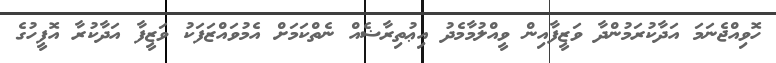
ހޮވިއްޖެނަމަ އަދާކުރަމުންދާ ވަޒީފާއިން ވީއްލުމާމެދު އިޢުތިރާޟެއް ނެތްކަމަށް އެމުވައްޒަފަކު ވަޒީފާ އަދާކުރާ އޮފީހުގެ